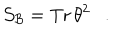
{ \cal S _ { B } } = \mathrm { T r } \, \theta ^ { 2 } .